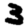
Digit: 3